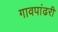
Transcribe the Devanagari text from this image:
गावपांढरी